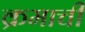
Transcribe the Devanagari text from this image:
क्रमाची